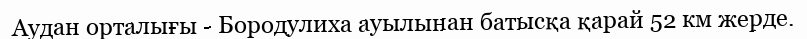
Аудан орталығы - Бородулиха ауылынан батысқа қарай 52 км жерде.